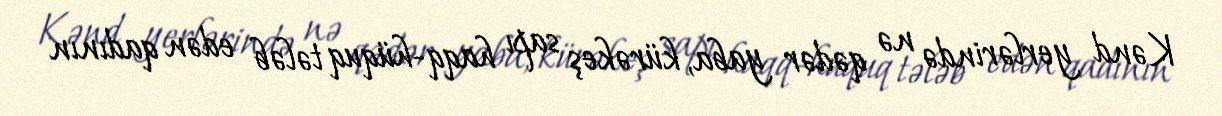
Kənd yerlərində nə qədər yaba, kürəkeş sapı haqq-hüquq tələb edən qadının